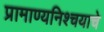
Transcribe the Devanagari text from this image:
प्रामाण्यनिश्चयाचे